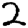
Digit: 2